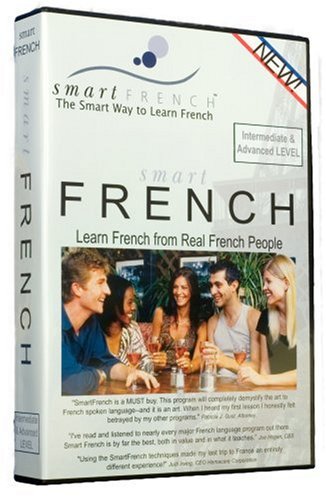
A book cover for SmartFrench Audio CDs Intermediate/Advanced; Christian Aubert; Engineering & Transportation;